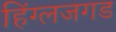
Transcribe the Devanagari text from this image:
हिंग्लजगड